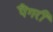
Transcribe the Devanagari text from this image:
पैंगरी